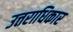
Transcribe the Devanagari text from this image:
उत्तराधिकार